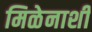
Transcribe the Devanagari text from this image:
मिळेनाशी